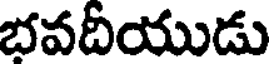
భవదీయుడు